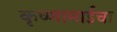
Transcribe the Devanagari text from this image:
कृष्णामाईचा